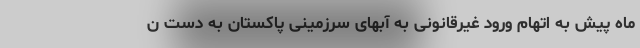
ماه پیش به اتهام ورود غیرقانونی به آبهای سرزمینی پاکستان به دست ن